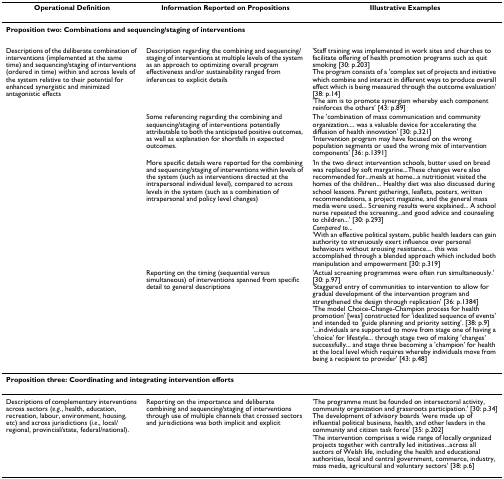
<table><thead><tr><td><b>Operational Definition</b></td><td><b>Information Reported on Propositions</b></td><td><b>Illustrative Examples</b></td></tr></thead><tbody><tr><td colspan="3"><b>Proposition two: Combinations and sequencing/staging of interventions</b></td></tr><tr><td>Descriptions of the deliberate combination of interventions (implemented at the same time) and sequencing/staging of interventions (ordered in time) within and across levels of the system relative to their potential for enhanced synergistic and minimized antagonistic effects</td><td>Description regarding the combining and sequencing/staging of interventions at multiple levels of the system as an approach to optimizing overall program effectiveness and/or sustainability ranged from inferences to explicit details</td><td>&#x27;Staff training was implemented in work sites and churches to facilitate offering of health promotion programs such as quit smoking [30: p.203]The program consists of a &#x27;complex set of projects and initiative which combine and interact in different ways to produce overall effect which is being measured through the outcome evaluation&#x27; [38: p.14]&#x27;The aim is to promote synergism whereby each component reinforces the others&#x27; [43: p.89]</td></tr><tr><td></td><td>Some referencing regarding the combining and sequencing/staging of interventions potentially attributable to both the anticipated positive outcomes, as well as explanation for shortfalls in expected outcomes.</td><td>The &#x27;combination of mass communication and community organization.... was a valuable device for accelerating the diffusion of health innovation&#x27; [30: p.321]&#x27;Intervention program may have focused on the wrong population segments or used the wrong mix of intervention components&#x27; [36: p.1391]</td></tr><tr><td></td><td>More specific details were reported for the combining and sequencing/staging of interventions within levels of the system (such as interventions directed at the intrapersonal individual level), compared to across levels in the system (such as a combination of intrapersonal and policy level changes)</td><td>&#x27;In the two direct intervention schools, butter used on bread was replaced by soft margarine...These changes were also recommended for...meals at home...a nutritionist visited the homes of the children... Healthy diet was also discussed during school lessons. Parent gatherings, leaflets, posters, written recommendations, a project magazine, and the general mass media were used... Screening results were explained... A school nurse repeated the screening...and good advice and counseling to children...&#x27; [30: p.293]<i>Compared to</i>...&#x27;With an effective political system, public health leaders can gain authority to strenuously exert influence over personal behaviours without arousing resistance.... this was accomplished through a blended approach which included both manipulation and empowerment [30: p.319]</td></tr><tr><td></td><td>Reporting on the timing (sequential versus simultaneous) of interventions spanned from specific detail to general descriptions</td><td>&#x27;Actual screening programmes were often run simultaneously.&#x27; [30: p.97]&#x27;Staggered entry of communities to intervention to allow for gradual development of the intervention program and strengthened the design through replication&#x27; [36: p.1384]&#x27;The model Choice-Change-Champion process for health promotion&#x27; [was] constructed for &#x27;idealized sequence of events&#x27; and intended to &#x27;guide planning and priority setting&#x27;. [38: p.9]&#x27;...individuals are supported to move from stage one of having a &#x27;choice&#x27; for lifestyle... through stage two of making &#x27;changes&#x27; successfully... and stage three becoming a &#x27;champion&#x27; for health at the local level which requires whereby individuals move from being a recipient to provider&#x27; [43: p.48]</td></tr><tr><td colspan="3"><b>Proposition three: Coordinating and integrating intervention efforts</b></td></tr><tr><td>Descriptions of complementary interventions across sectors (<i>e.g</i>., health, education, recreation, labour, environment, housing, etc) and across jurisdictions (<i>i.e</i>., local/regional, provincial/state, federal/national).</td><td>Reporting on the importance and deliberate combining and sequencing/staging of interventions through use of multiple channels that crossed sectors and jurisdictions was both implicit and explicit</td><td>&#x27;The programme must be founded on intersectoral activity, community organization and grassroots participation.&#x27; [30: p.34]The development of advisory boards &#x27;were made up of influential political business, health, and other leaders in the community and citizen task force&#x27; [35: p.202]&#x27;The intervention comprises a wide range of locally organized projects together with centrally led initiatives...across all sectors of Welsh life, including the health and educational authorities, local and central government, commerce, industry, mass media, agricultural and voluntary sectors&#x27; [38: p.6]</td></tr></tbody></table>